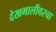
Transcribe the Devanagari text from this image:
देखभालीवरचा